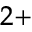
^ { 2 + }